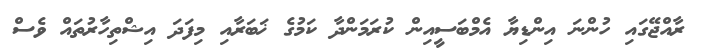
ރާއްޖޭގައި ހުންނަ އިންޑިޔާ އެމްބަސީއިން ކުރަމަންދާ ކަމުގެ ޚަބަރާއި މިފަދަ އިޝްތިހާރުތައް ވެސް